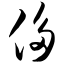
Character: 侈